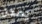
يمكن